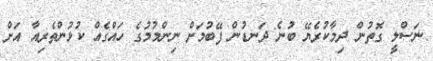
ނަސްލީ ގޮތުން ދިމާކުރެޔޭ ބުނެ ދަނޑުން ފޭބުމަށް ނިންމުމުގެ ހައްގެއް ކުޅުންތެރިއާ އަށް